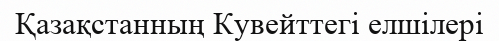
Қазақстанның Кувейттегі елшілері